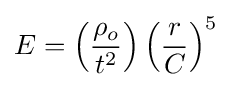
E=\left({\frac {\rho _{o}}{t^{2}}}\right)\left({\frac {r}{C}}\right)^{5}